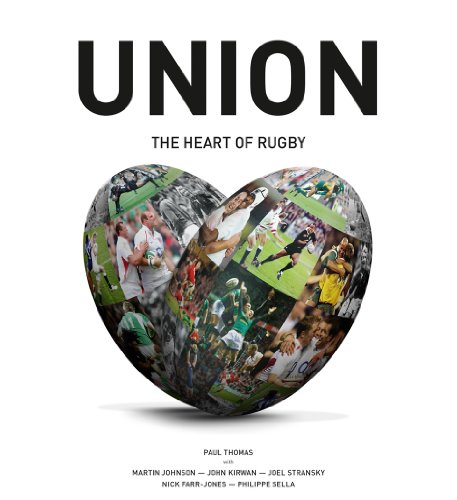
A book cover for Union: The Heart of Rugby; Paul Thomas; Sports & Outdoors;